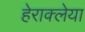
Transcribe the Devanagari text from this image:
हेराक्लेया